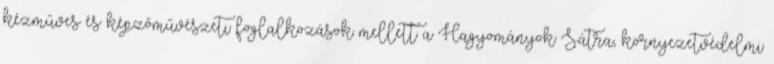
kézműves és képzőművészeti foglalkozások mellett a Hagyományok Sátra, környezetvédelmi